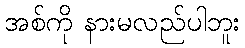
အစ်ကို နားမလည်ပါဘူး